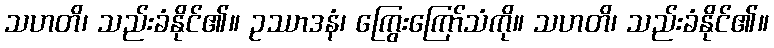
သဟတိ၊ သည်းခံနိုင်၏။ ဥဿာဒနံ၊ ကြွေးကြော်သံကို။ သဟတိ၊ သည်းခံနိုင်၏။